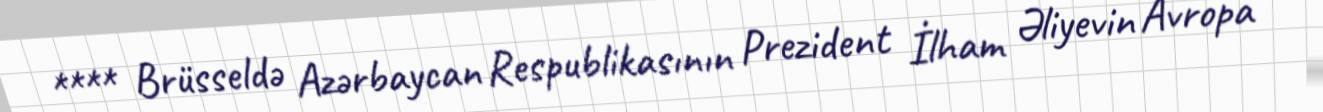
**** Brüsseldə Azərbaycan Respublikasının Prezident İlham Əliyevin Avropa